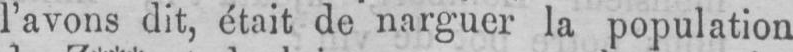
l’avons dit, était de narguer la population